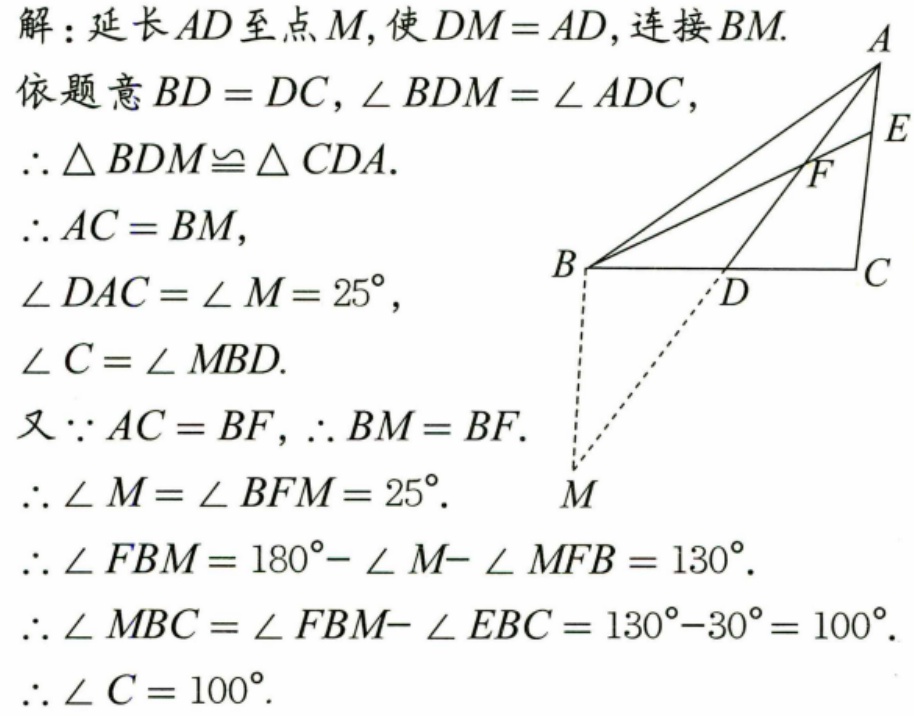
解：延长 \(AD\) 至点 \(M\)，使 \(DM = AD\)，连接 \(BM\).
依题意 \(BD = DC,\angle BDM=\angle ADC\)，
\(\therefore \triangle BDM\cong \triangle CDA.\)
\(\therefore AC = BM\)，
\(\angle DAC=\angle M = 25^{\circ}\)，
\(\angle C=\angle MBD.\)
又\(\because AC = BF,\therefore BM = BF.\)
\(\therefore \angle M=\angle BFM = 25^{\circ}.\)
\(\therefore \angle FBM = 180^{\circ}-\angle M-\angle MFB = 130^{\circ}.\)
\(\therefore \angle MBC=\angle FBM - \angle EBC = 130^{\circ}-30^{\circ}=100^{\circ}.\)
\(\therefore \angle C = 100^{\circ}.\)